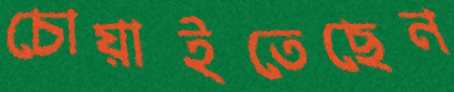
চোয়াইতেছেন